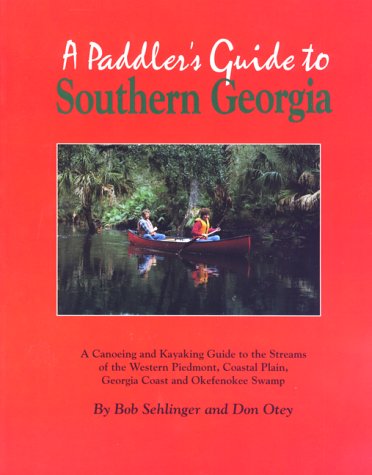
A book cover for A PADDLER'S GUIDE TO SOUTHERN GEORGIA, 2nd Edition; Bob Sehlinger; Travel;